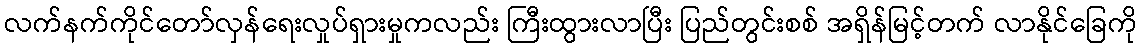
လက်နက်ကိုင်တော်လှန်ရေးလှုပ်ရှားမှုကလည်း ကြီးထွားလာပြီး ပြည်တွင်းစစ် အရှိန်မြင့်တက် လာနိုင်ခြေကို